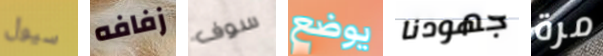
سيول زفافه سوف يوضع جهودنا مرة